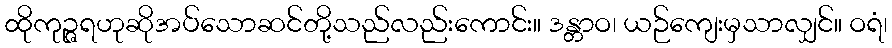
ထိုကုဉ္ဇရဟုဆိုအပ်သောဆင်တို့သည်လည်းကောင်း။ ဒန္တာဝ၊ ယဉ်ကျေးမှသာလျှင်။ ဝရံ၊